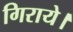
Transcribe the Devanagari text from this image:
गिराये।